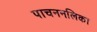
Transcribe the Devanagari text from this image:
पाचननलिका